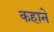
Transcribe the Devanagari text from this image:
कहाने